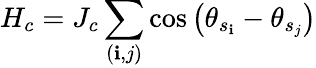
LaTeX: H_{c}=J_{c}\sum_{(\mathbf{i},j)}\cos\left(\theta_{s_{\mathbf{i}}}-\theta_{s_{j}}\right)